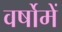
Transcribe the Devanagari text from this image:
वर्षोमें